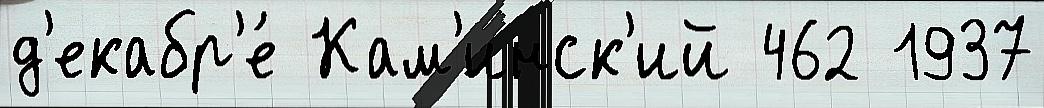
д'екабр'е́ Кам'инск'ий 462 1937